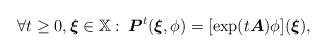
LaTeX: \begin{align*}\forall t\geq 0,\boldsymbol{\xi}\in\mathbb{X}:\:\boldsymbol{P}^t(\boldsymbol{\xi},\phi)=[\exp(t{\boldsymbol A})\phi](\boldsymbol{\xi}),\end{align*}